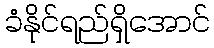
ခံနိုင်ရည်ရှိအောင်